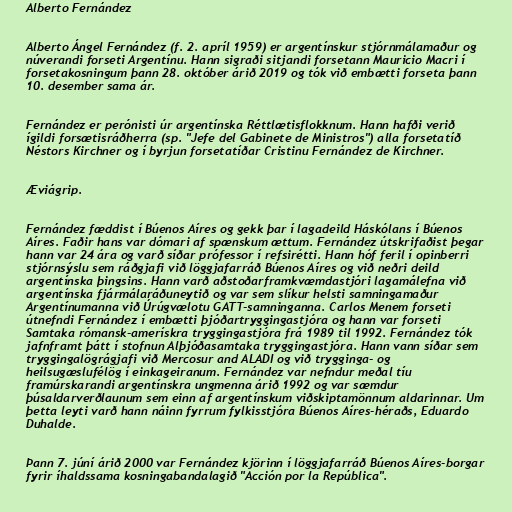
Alberto Fernández

Alberto Ángel Fernández (f. 2. apríl 1959) er argentínskur stjórnmálamaður og
núverandi forseti Argentínu. Hann sigraði sitjandi forsetann Mauricio Macri í
forsetakosningum þann 28. október árið 2019 og tók við embætti forseta þann
10. desember sama ár.

Fernández er perónisti úr argentínska Réttlætisflokknum. Hann hafði verið
ígildi forsætisráðherra (sp. "Jefe del Gabinete de Ministros") alla forsetatíð
Néstors Kirchner og í byrjun forsetatíðar Cristinu Fernández de Kirchner.

Æviágrip.

Fernández fæddist í Búenos Aíres og gekk þar í lagadeild Háskólans í Búenos
Aíres. Faðir hans var dómari af spænskum ættum. Fernández útskrifaðist þegar
hann var 24 ára og varð síðar prófessor í refsirétti. Hann hóf feril í opinberri
stjórnsýslu sem ráðgjafi við löggjafarráð Búenos Aíres og við neðri deild
argentínska þingsins. Hann varð aðstoðarframkvæmdastjóri lagamálefna við
argentínska fjármálaráðuneytið og var sem slíkur helsti samningamaður
Argentínumanna við Úrúgvælotu GATT-samninganna. Carlos Menem forseti
útnefndi Fernández í embætti þjóðartryggingastjóra og hann var forseti
Samtaka rómansk-amerískra tryggingastjóra frá 1989 til 1992. Fernández tók
jafnframt þátt í stofnun Alþjóðasamtaka tryggingastjóra. Hann vann síðar sem
tryggingalögrágjafi við Mercosur and ALADI og við trygginga- og
heilsugæslufélög í einkageiranum. Fernández var nefndur meðal tíu
framúrskarandi argentínskra ungmenna árið 1992 og var sæmdur
þúsaldarverðlaunum sem einn af argentínskum viðskiptamönnum aldarinnar. Um
þetta leyti varð hann náinn fyrrum fylkisstjóra Búenos Aíres-héraðs, Eduardo
Duhalde.

Þann 7. júní árið 2000 var Fernández kjörinn í löggjafarráð Búenos Aíres-borgar
fyrir íhaldssama kosningabandalagið "Acción por la República".